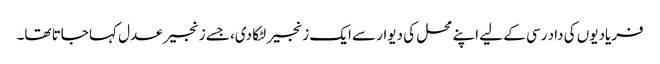
فریادیوں کی داد رسی کے لیے اپنے محل کی دیوار سے ایک زنجیر لٹکا دی، جسے زنجیر عدل کہا جاتا تھا۔